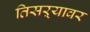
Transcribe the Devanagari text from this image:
तिसऱ्यावर